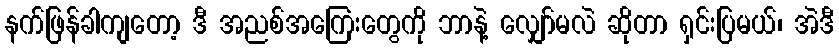
နက်ဖြန်ခါကျတော့ ဒီ အညစ်အကြေးတွေကို ဘာနဲ့ လျှော်မလဲ ဆိုတာ ရှင်းပြမယ်၊ အဲဒီ